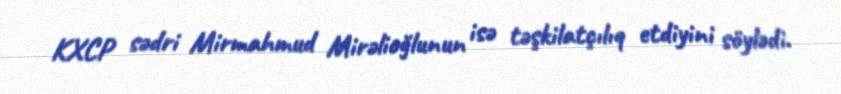
KXCP sədri Mirmahmud Mirəlioğlunun isə təşkilatçılıq etdiyini söylədi.